[Report on the health of British troops in the Madras command]
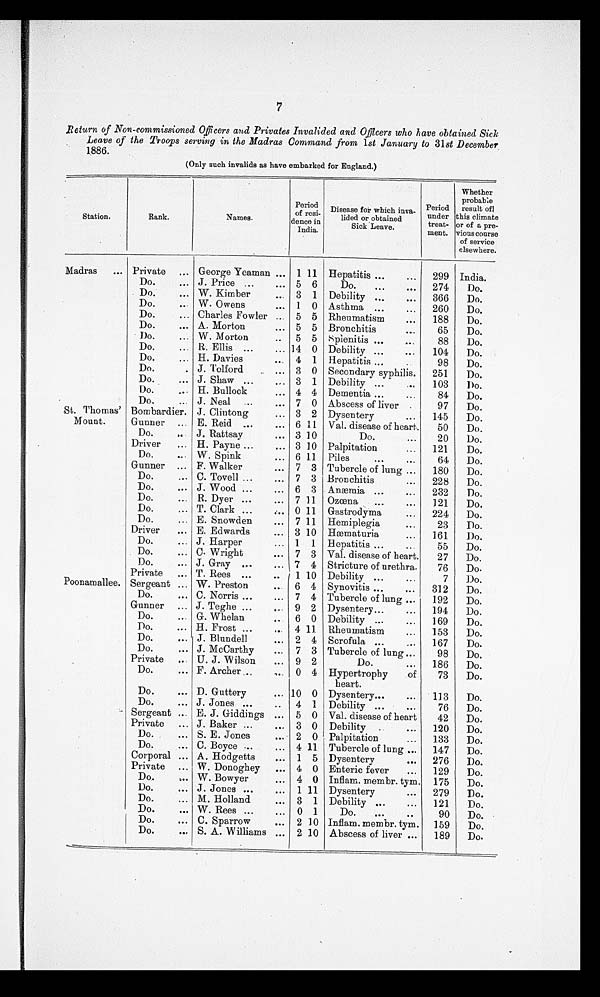
7
R e t u r n o f N o n - c o m m i s s i o n e d O f f i c e r s a n d P r i v a t e s I n v a l i d e d a n d O f f i c e r s w h o h a v e o b t a i n e d S i c k
Leave of the Troops serving in the Madras Oommand from 1st January to 31st December
1886.
(Only such invalids as have embarked for England.)
Station.
Rank.
Names.
Period
of resi-
dence in
India.
Disease for which inva-
lided or obtained
Sick Leave.
Period
under
treat-
ment.
Whether
probable
result of
this climate
or of a pre-
vious course
of service
elsewhere.
Madras
... Private
... George Yeaman ... 1 11 Hepatitis ...
. . .
299 India.
Do.
... J. Price ...
... 5 6
Do.
...
...
274
Do.
Do.
... W. Kimber
. . . 3 1
Debility ...
. . .
366
Do.
Do.
. . . W. Owens
...
1
0
Asthma ...
...
260
Do.
Do.
... Charles Fowler ...
5 5 Rheumatism
. . .
188
Do.
Do.
... A. Morton
... 5 5 Bronchitis
. . .
65
Do.
Do.
... W. Morton
..
5 5
Splenitis ...
. . .
88
Do.
Do.
. . . R. Ellis ...
... 14 0 Debility ...
...
104
Do.
Do.
... H. Davies
...
4 1
Hepatitis ...
. .
98
Do.
Do.
. J. Tolford
... 3 0 Secondary syphilis.
251
Do.
Do.
... J. Shaw ...
. . . 3 1 Debility ...
. . .
103
Do.
Do.
... H. Bullock
... 4 4 Dementia ...
...
84
Do.
Do.
... J. Neal
. . .
... 7 0 Abscess of liver .
97
Do.
St. Thomas'
Mount.
Bombardier. J. Clintong
... 3 2 Dysentery
...
145
Do.
Gunner
... E. Reid
. . .
... 6 11
Val. disease of heart.
50
Do.
Do.
... J . Rattsay
... 3 10
Do.
...
20
Do.
Driver
... H. Payne ...
... 3 10 Palpitation
...
121
Do.
Do.
... W. Spink
... 6 11
Piles
...
. . .
64
Do.
Gunner
... F. Walker
...
7 3 Tubercle of lung ...
180
Do.
Do.
... C. Tovell ...
...
7 3 Bronchitis
...
228
Do.
Do.
... J. Wood ...
... 6 3 Anæmia ...
...
232
Do.
Do.
...
R. Dyer ...
...
7 11
Ozœna
...
...
121
Do.
Do.
... T. Clark ...
... 0 11
Gastrodyma
...
224
Do.
Do.
...
E. Snowden
...
7 11
Hemiplegia
...
23
Do.
Driver
... E. Edwards
... 3 10 Hæmaturia
...
161
Do.
Do.
... J. Harper
... 1
1
Hepatitis ...
...
55
Do.
Do.
... C. Wright
...
7 3 Val. disease of heart.
27
Do.
Do.
... J. Gray ...
... 7 4 Stricture of urethra.
76
Do.
Private
... T. Rees ...
..
1 10 Debility ...
...
7
Do.
Poonamallee. Sergeant ... W. Preston
. . .
6 4 Synovitis ...
...
312
Do.
Do.
... C. Norris ...
...
7 4 Tubercle of lung ...
192
Do.
Gunner
... J. Teghe ...
...
9 2 Dysentery...
...
194
Do.
Do.
... G. Whelan
..
6 0 Debility ...
...
169
Do.
Do.
... H. Frost ...
...
4 11
Rheumatism
...
153
Do.
Do.
... J. Blundell
...
2 4 Scrofula ...
...
167
Do.
Do.
... J. McCarthy
...
7 3 Tubercle of lung ...
98
Do.
Private
... U. J. Wilson
...
9 2
Do.
...
186
Do.
Do.
... F. Archer . .
. . . 0 4 Hypertrophy
of
heart.
73
Do.
Do.
... D. Guttery
... 10 0 Dysentery...
...
113
Do.
Do.
... J. Jones ...
..
4 1
Debility ...
...
76
Do.
Sergeant ... E. J. Giddings ...
5 0 Val. disease of heart
42
Do.
Private
. . . J. Baker ...
...
3 0
Debility
..
...
120
Do.
Do.
... S. E. Jones
...
2 0 Palpitation
...
133
Do.
Do.
... C. Boyce ...
...
4 11
Tubercle of lung ...
147
Do.
Corporal ... A. Hodgetts
...
1 5 Dysentery
...
276
Do.
Private
... W. Donoghey
... 4 0 Enteric fever
...
129
Do.
Do.
. . . W. Bowyer
...
4 0 Inflam. membr. tym.
175
Do.
Do.
... J. Jones ...
...
1 11 Dysentery
...
279
Do.
Do.
... M. Holland
...
3 1 Debility
. . .
...
121
Do.
Do.
... W. Rees ...
...
0 1
Do.
...
..
90
Do.
Do.
... C. Sparrow
...
2 10 Inflam. membr. tym.
159
Do.
Do.
... S. A. Williams ...
2 10 Abscess of liver ...
189
Do.